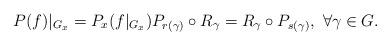
LaTeX: \begin{align*} P(f)|_{G_x} = P_x(f|_{G_x}) P_{r(\gamma)}\circ R_\gamma=R_\gamma \circ P_{s(\gamma)},\ \forall \gamma\in G.\end{align*}